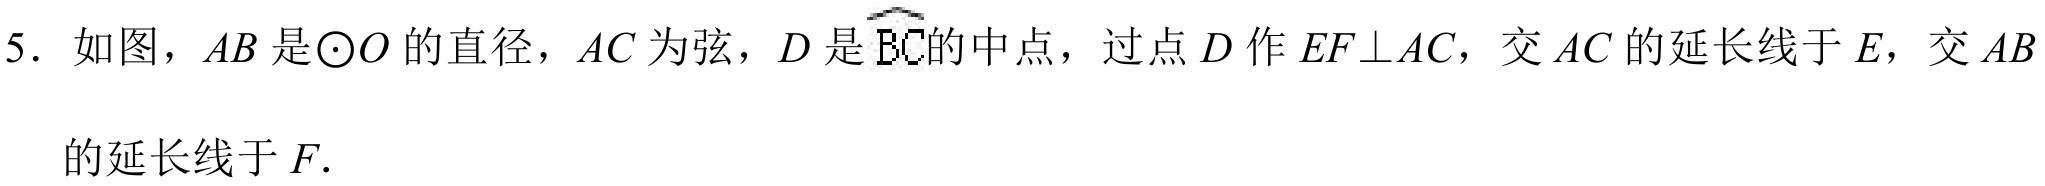
5. 如图，\(AB\)是\(\odot O\)的直径，\(AC\)为弦，\(D\)是\(\overset{\frown}{BC}\)的中点，过点\(D\)作\(EF\perp AC\)，交\(AC\)的延长线于\(E\)，交\(AB\)的延长线于\(F\).